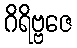
ဂိရိဗ္ဗဇေ